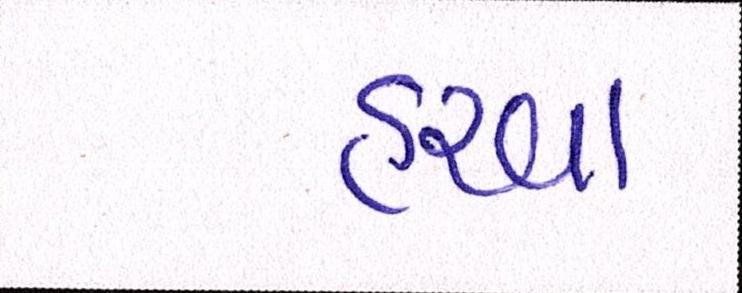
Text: હરવા